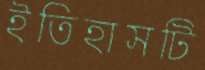
ইতিহাসটি